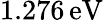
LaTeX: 1.276\, \mathrm{eV}